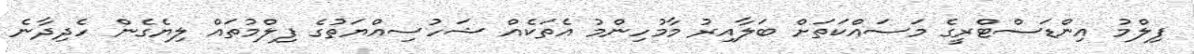
ފިލްމު އިންޑަސްޓްރީގެ މަސައްކަތަށް ބަލާއިރު މާމުހިންމު އެތަކެއް ޝަހުސިއްޔަތުގެ ފިލްމުތައް ލިޔެގެން ހެދިދާނެ